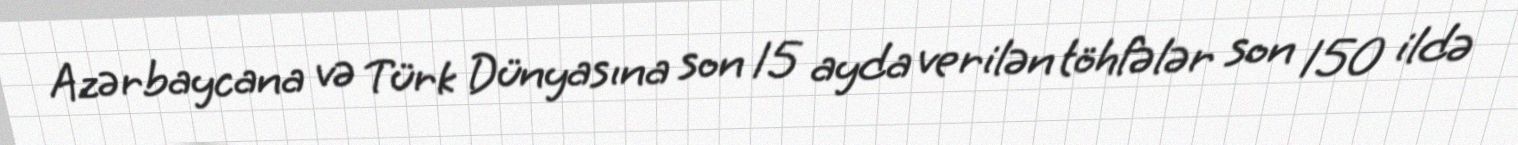
Azərbaycana və Türk Dünyasına son 15 ayda verilən töhfələr son 150 ildə